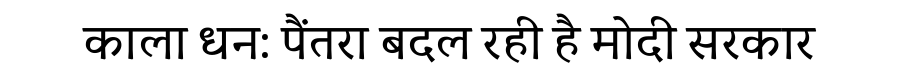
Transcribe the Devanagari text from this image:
काला धन: पैंतरा बदल रही है मोदी सरकार